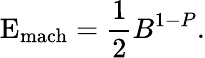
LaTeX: \mathrm{E}_{\mathrm{mach}}={\frac{1}{2}}B^{1-P}.